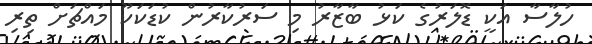
ހުލާސާ އަކީ ޑޮލަރުގެ ކަޅު ބާޒާރު މި ސަރުކާރުން ކުޑަކަކޫ މައްޗަށް ތިރި